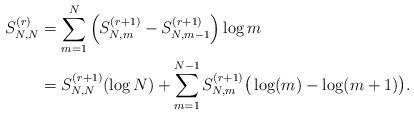
LaTeX: \begin{align*}S_{N, N}^{(r)} &=\sum_{m = 1}^N\left(S_{N, m}^{(r+1)} - S_{N, m-1}^{(r+1)}\right) \log m\\&=S_{N, N}^{(r+1)} (\log N) + \sum_{m = 1}^{N-1} S_{N, m}^{(r+1)} \big(\log(m) - \log(m+1)\big).\end{align*}